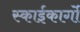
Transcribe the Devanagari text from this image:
स्काईकार्गो